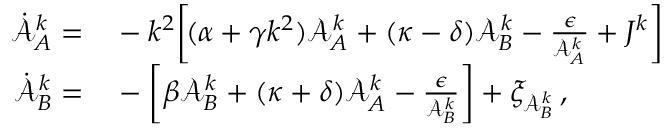
\begin{array} { r l } { \dot { \mathcal { A } } _ { A } ^ { k } = } & { { } - k ^ { 2 } \bigg [ \! ( \alpha + \gamma k ^ { 2 } ) \mathcal { A } _ { A } ^ { k } + ( \kappa - \delta ) \mathcal { A } _ { B } ^ { k } - \frac { \epsilon } { \mathcal { A } _ { A } ^ { k } } + J ^ { k } \bigg ] } \\ { \dot { \mathcal { A } } _ { B } ^ { k } = } & { { } - \bigg [ \beta \mathcal { A } _ { B } ^ { k } + ( \kappa + \delta ) \mathcal { A } _ { A } ^ { k } - \frac { \epsilon } { \mathcal { A } _ { B } ^ { k } } \bigg ] + \xi _ { \mathcal { A } _ { B } ^ { k } } \, , } \end{array}